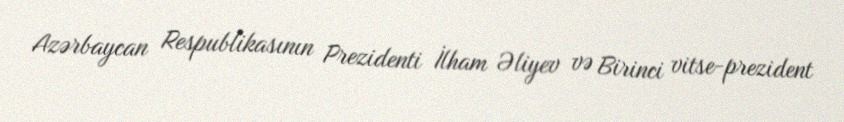
Azərbaycan Respublikasının Prezidenti İlham Əliyev və Birinci vitse-prezident